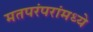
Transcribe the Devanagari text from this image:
मतपरंपरांमध्ये